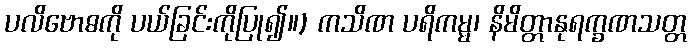
ပလိဗောဓကို ပယ်ခြင်းကိုပြု၍။) ကသိဏ ပရိကမ္မ၊ နိမိတ္တာနုရက္ခဏသတ္တ